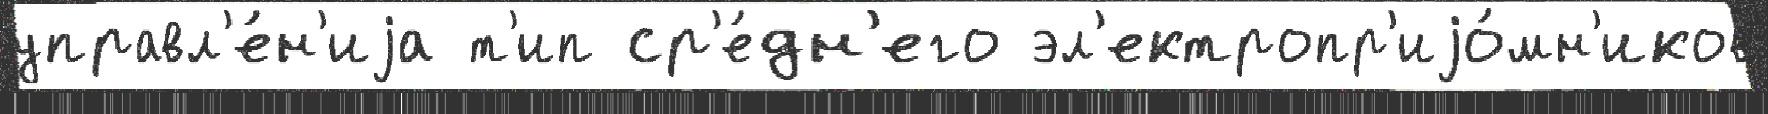
управл'е́н'иjа т'ип ср'е́дн'его эл'ектропр'иjо́мн'иков